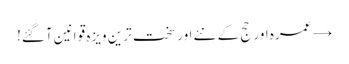
→ عمرہ اور حج کے نئے اور سخت ترین ویزہ قوانین آگئے!